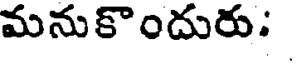
మనుకొందురు: